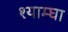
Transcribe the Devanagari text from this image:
श्याम्घा